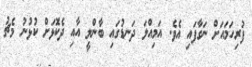
ފުރިހަމައަށް ނަގާފައި އެވެ. އަމިއްލަ ދަނޑުގައި ބާންލީ އާއި ދެކޮޅަށް ކުޅުނު މެޗު